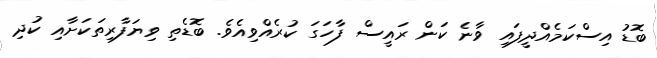
ބޮޑު އިސްކަމެއްދީފައި ވާނެ ކަން ރައީސް ފާހަގަ ކުރެއްވިއެވެ. ބޮޑެތި ވިޔަފާރިތަކަށާއި ކުދި